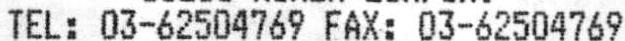
TEL: 03-62504769 FAX: 03-62504769